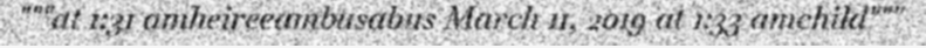
"""at 1:31 amheireeambusabus March 11, 2019 at 1:33 amchild"""